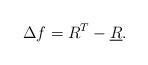
LaTeX: \begin{align*}\Delta f=R^T-\underline {R}. \end{align*}